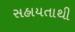
સહાયતાથી